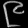
Digit: ၉